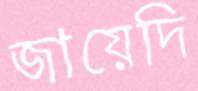
জায়েদি